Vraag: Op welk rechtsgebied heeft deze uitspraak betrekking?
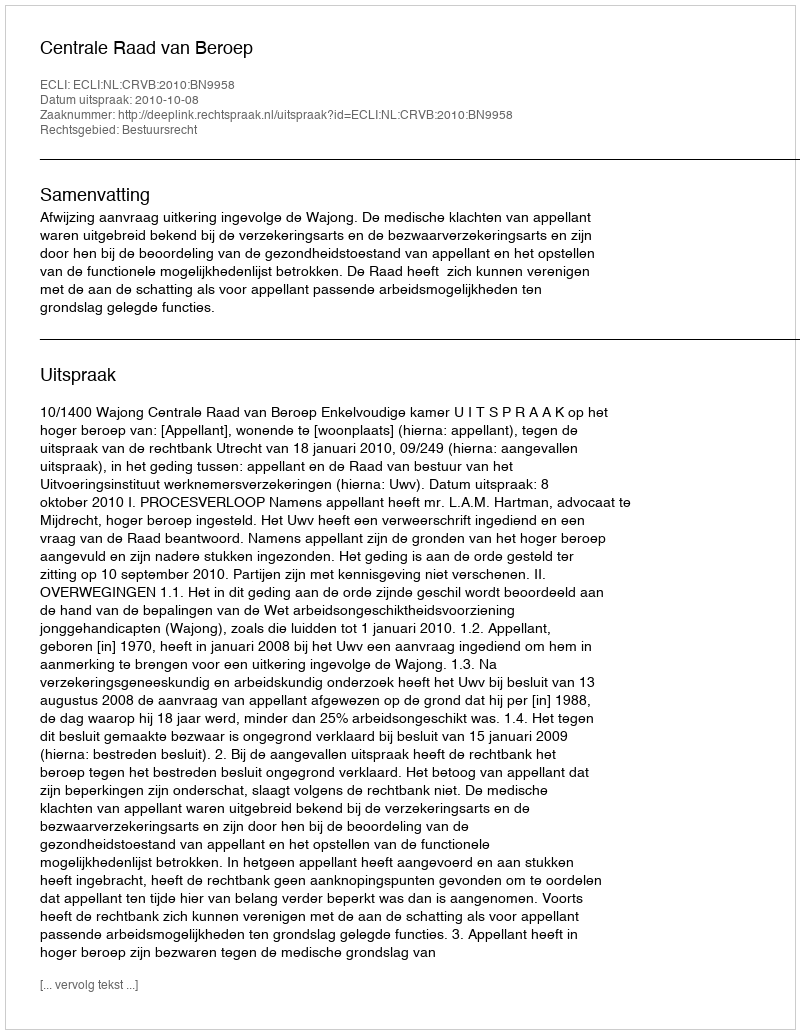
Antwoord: Bestuursrecht